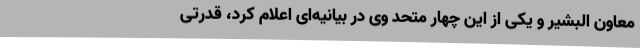
معاون البشیر و یکی از این چهار متحد وی در بیانیه‌ای اعلام کرد، قدرتی